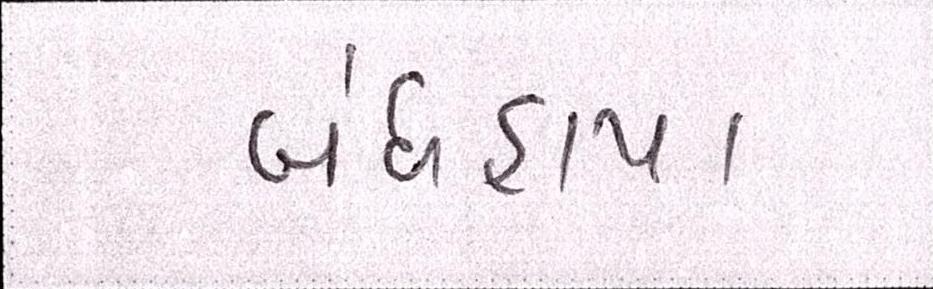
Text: બંધહાપા